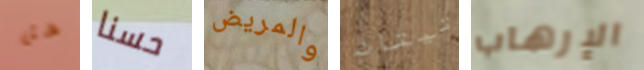
هل حسنا والمريض تيتان الإرهاب